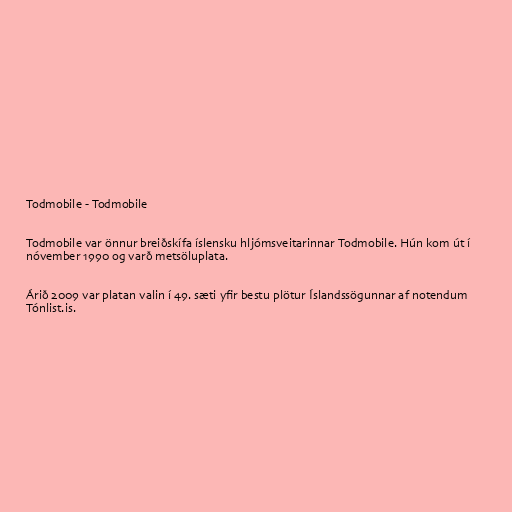
Todmobile - Todmobile

Todmobile var önnur breiðskífa íslensku hljómsveitarinnar Todmobile. Hún kom út í
nóvember 1990 og varð metsöluplata.

Árið 2009 var platan valin í 49. sæti yfir bestu plötur Íslandssögunnar af notendum
Tónlist.is.